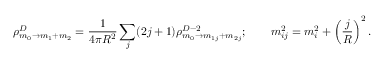
\rho _ { m _ { 0 } \rightarrow m _ { 1 } + m _ { 2 } } ^ { D } = \frac { 1 } { 4 \pi R ^ { 2 } } \sum _ { j } ( 2 j + 1 ) \rho _ { m _ { 0 } \rightarrow m _ { 1 j } + m _ { 2 j } } ^ { D - 2 } ; \qquad m _ { i j } ^ { 2 } = m _ { i } ^ { 2 } + \left( \frac { j } { R } \right) ^ { 2 } .